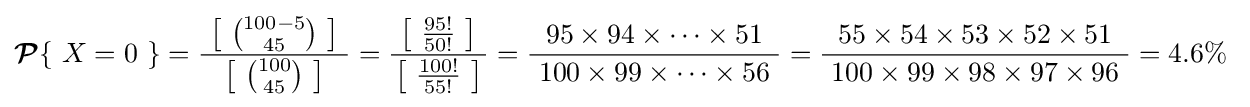
\operatorname {\boldsymbol {\mathcal {P}}} \{\ X=0\ \}={\frac {\ \left[\ {\binom {100-5}{45}}\ \right]\ }{\left[\ {\binom {100}{45}}\ \right]}}={\frac {\ \left[\ {\frac {95!}{50!}}\ \right]\ }{\left[\ {\frac {100!}{55!}}\ \right]}}={\frac {\ 95\times 94\times \cdots \times 51\ }{\ 100\times 99\times \cdots \times 56\ }}={\frac {\ 55\times 54\times 53\times 52\times 51\ }{\ 100\times 99\times 98\times 97\times 96\ }}=4.6\%~